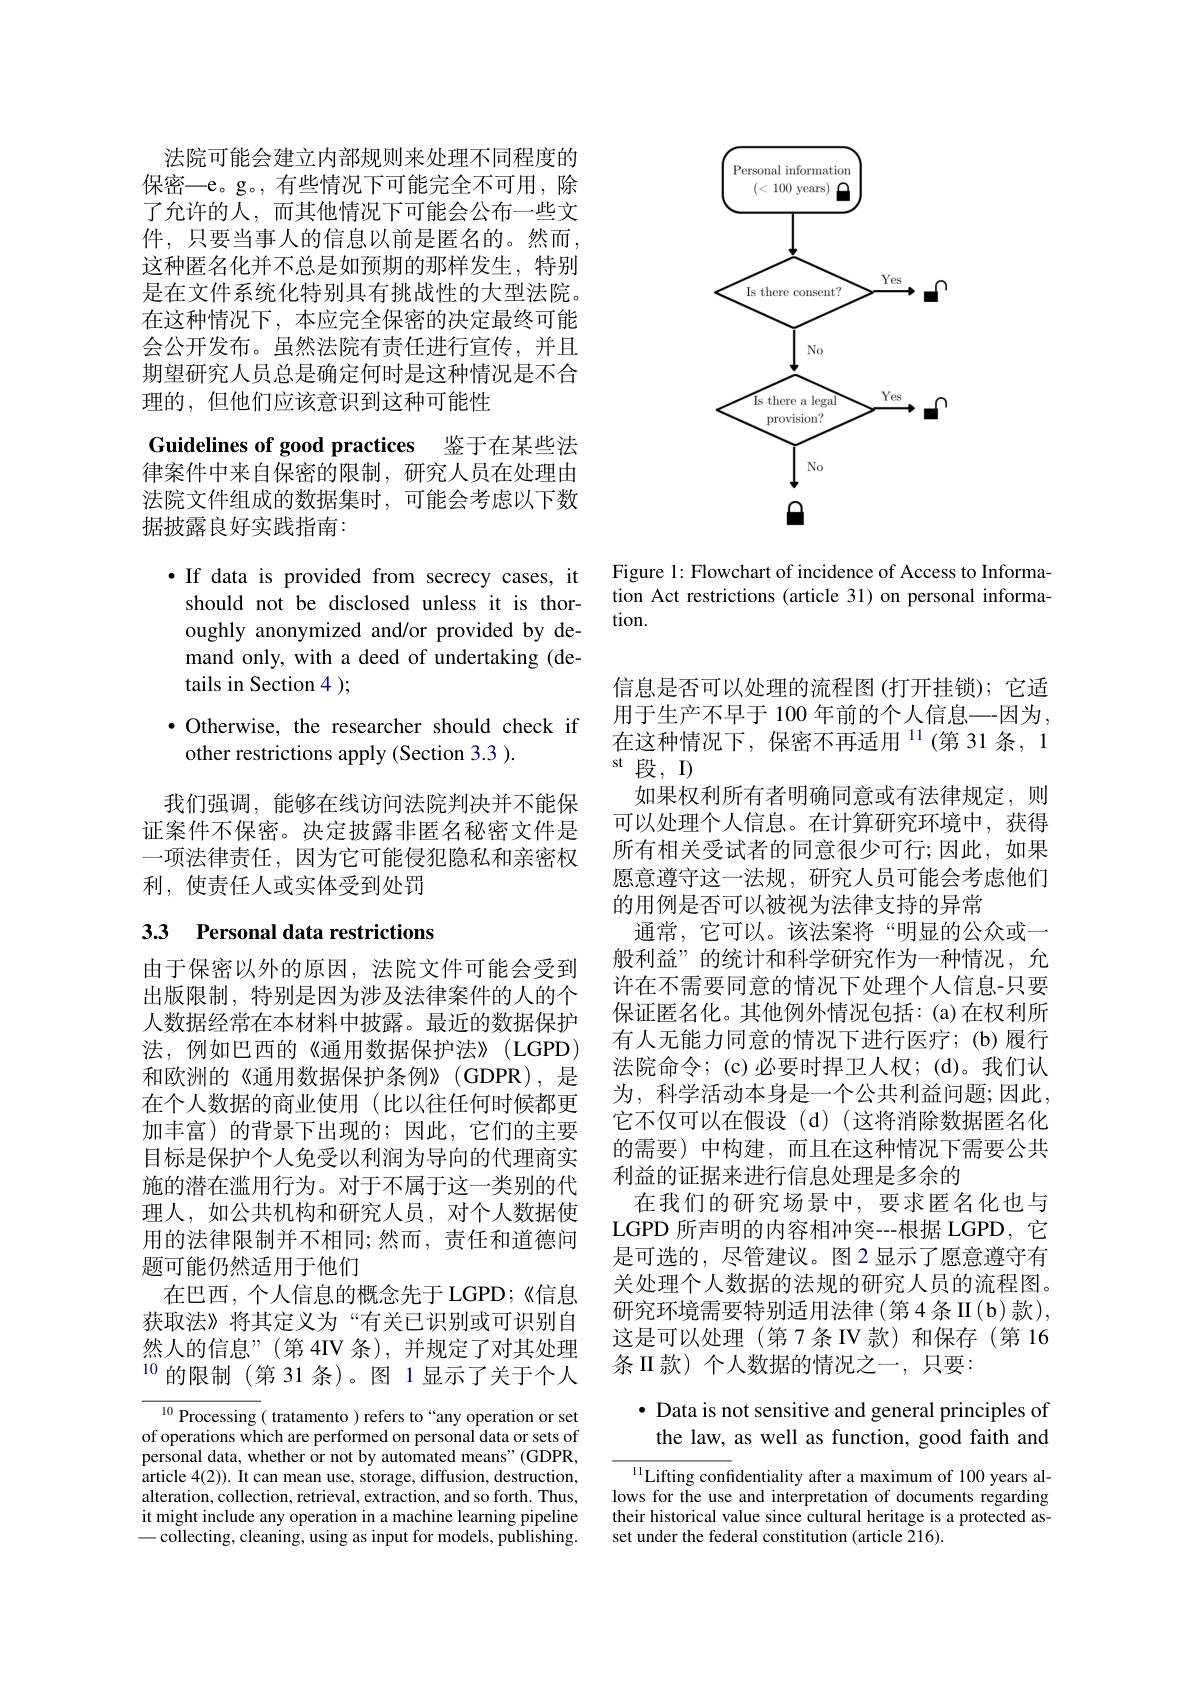
法院可能会建立内部规则来处理不同程度的保密—e。g。,有些情况下可能完全不可用，除了允许的人，而其他情况下可能会公布一些文件，只要当事人的信息以前是匿名的。然而， 这种匿名化并不总是如预期的那样发生，特别是在文件系统化特别具有挑战性的大型法院。在这种情况下，本应完全保密的决定最终可能会公开发布。虽然法院有责任进行宣传，并且期望研究人员总是确定何时是这种情况是不合理的，但他们应该意识到这种可能性

Guidelines of good practices 鉴于在某些法

律案件中来自保密的限制，研究人员在处理由法院文件组成的数据集时，可能会考虑以下数据披露良好实践指南：

$\bullet$ If data is provided from secrecy cases, it
should not be disclosed unless it is thoroughly anonymized and/or provided by demand only, with a deed of undertaking (details in Section 4 );

$\bullet$ Otherwise, the researcher should check if
other restrictions apply (Section 3.3 ).

我们强调，能够在线访问法院判决并不能保证案件不保密。决定披露非匿名秘密文件是一项法律责任，因为它可能侵犯隐私和亲密权利，使责任人或实体受到处罚

# 33 Personal data restrictions

由于保密以外的原因，法院文件可能会受到出版限制，特别是因为涉及法律案件的人的个人数据经常在本材料中披露。最近的数据保护法，例如巴西的《通用数据保护法》(LGPD) 和欧洲的《通用数据保护条例》(GDPR),是在个人数据的商业使用(比以往任何时候都更加丰富)的背景下出现的；因此，它们的主要目标是保护个人免受以利润为导向的代理商实施的潜在滥用行为。对于不属于这一类别的代理人，如公共机构和研究人员，对个人数据使用的法律限制并不相同；然而，责任和道德问题可能仍然适用于他们
在巴西，个人信息的概念先于LGPD；《信息获取法》将其定义为“有关已识别或可识别自然人的信息”(第 4IV 条),并规定了对其处理$^{10}$的限制(第31条)。图 1显示了关于个人

$\overline{{^{10}\text{Processing}}}($ tratamento ) refers to“any operation or set of operations which are performed on personal data or sets of personal data, whether or not by automated means" (GDPR, article 4(2)). It can mean use, storage, diffusion, destruction, alteration, collection, retrieval, extraction, and so forth. Thus, it might include any operation in a machine learning pipeline -collecting, cleaning, using as input for models, publishing.

<FigureHere>

Figure 1: Flowchart of incidence of Access to Information Act restrictions (article 31) on personal information.

信息是否可以处理的流程图 (打开挂锁); 它适用于生产不早于 100 年前的个人信息—因为， 在这种情况下，保密不再适用$^{11}$(第 31 条，1 st 段，I)
如果权利所有者明确同意或有法律规定，则可以处理个人信息。在计算研究环境中，获得所有相关受试者的同意很少可行；因此，如果愿意遵守这一法规，研究人员可能会考虑他们的用例是否可以被视为法律支持的异常
通常，它可以。该法案将“明显的公众或一般利益”的统计和科学研究作为一种情况，允许在不需要同意的情况下处理个人信息-只要保证匿名化。其他例外情况包括：(a)在权利所有人无能力同意的情况下进行医疗；(b)履行法院命令；(c)必要时捍卫人权；(d)。我们认为，科学活动本身是一个公共利益问题；因此， 它不仅可以在假设(d)(这将消除数据匿名化的需要)中构建，而且在这种情况下需要公共利益的证据来进行信息处理是多余的
在我们的研究场景中，要求匿名化也与LGPD 所声明的内容相冲突---根据 LGPD, 它是可选的，尽管建议。图2显示了愿意遵守有关处理个人数据的法规的研究人员的流程图。研究环境需要特别适用法律(第4条II(b)款), 这是可以处理(第7条IV款)和保存(第16条 II 款) 个人数据的情况之一，只要：

# $\bullet$ Data is not sensitive and general principles of the law, as well as function, good faith and

$^{11}$Lifting confidentiality after a maximum of 100 years allows for the use and interpretation of documents regarding their historical value since cultural heritage is a protected asset under the federal constitution (article $\bar{2}16).$